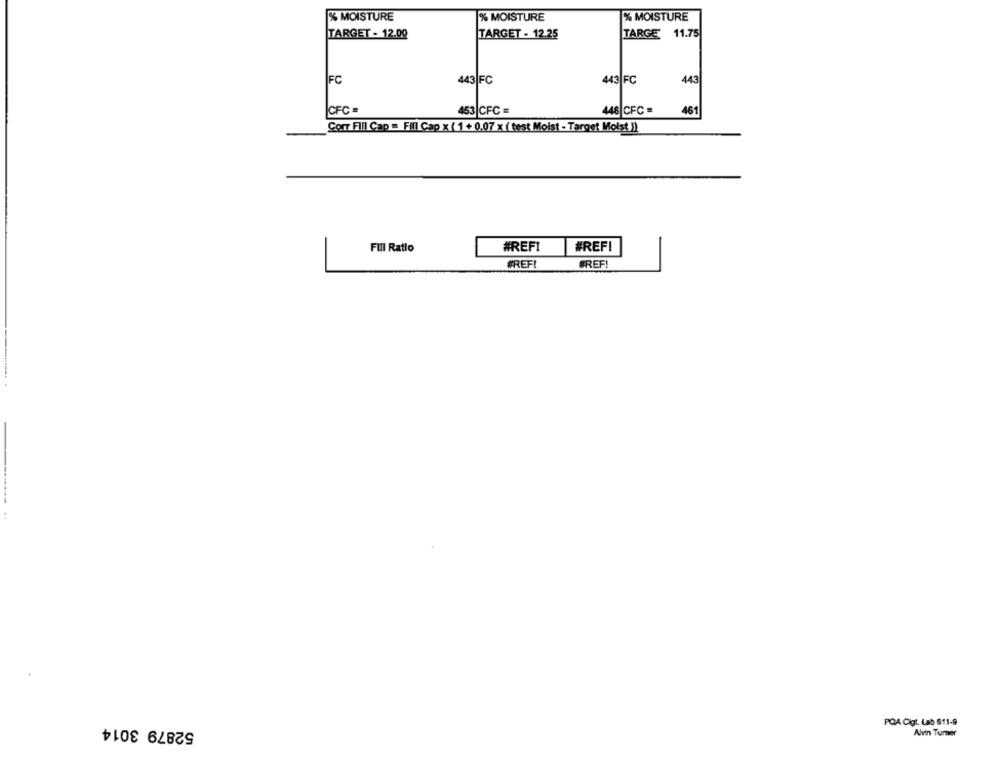
% MOISTURE
% MOISTURE
% MOISTURE
TARGET - 12.00
TARGET - 12.25
TARGE 11.75
FC
443 FC
443 FC
443
CFC =
453|CFC =
446 CFC =
461
Corr Fill Cap = FIIl Cap x ( 1 + 0.07 x ( test Moist - Target Moist ))
Full Ratio
#REFI
#REFI
BREF
BREF
52879 3014
PQA Cigt. Lab 511-9
Alvin Tumer